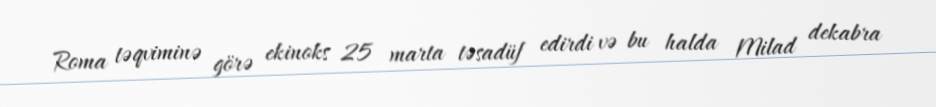
Roma təqviminə görə ekinoks 25 marta təsadüf edirdi və bu halda Milad dekabra